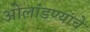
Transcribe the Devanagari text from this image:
ओलांडण्याचे